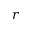
r